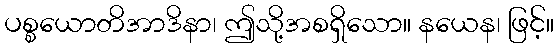
ပစ္စယောတိအာဒိနာ၊ ဤသို့အစရှိသော။ နယေန၊ ဖြင့်။